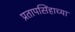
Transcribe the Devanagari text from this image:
प्रतापसिंहाच्या